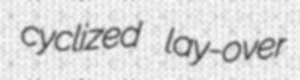
cyclized lay-over